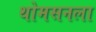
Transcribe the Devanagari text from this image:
थोमसनला